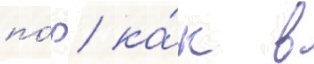
по́р / ка́к в